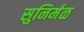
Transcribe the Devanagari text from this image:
सुनिर्मळ